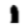
Digit: 1